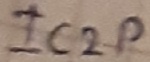
Text: IC2P